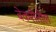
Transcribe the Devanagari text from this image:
बेकरीतील